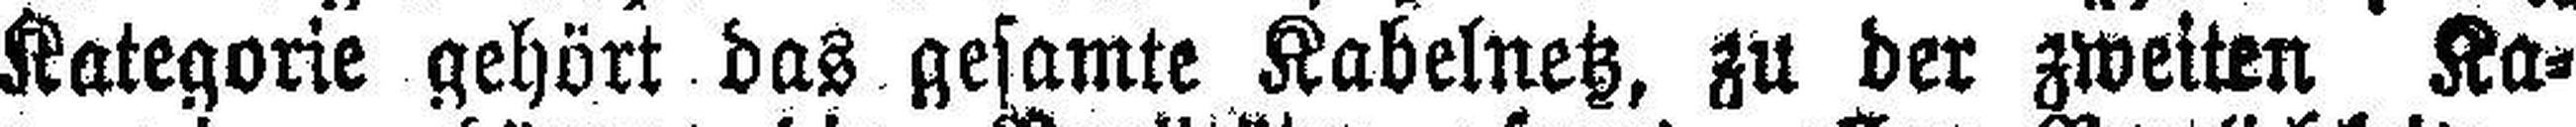
Kategorie gehört das gesamte Kabelnetz, zu der zweiten Ka¬